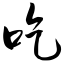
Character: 吃